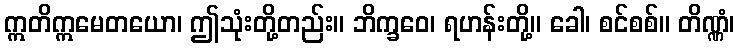
ဣတိဣမေတယော၊ ဤသုံးတို့တည်း။ ဘိက္ခဝေ၊ ရဟန်းတို့။ ခေါ၊ စင်စစ်။ တိဏ္ဏံ၊